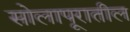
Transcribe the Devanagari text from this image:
सोलापूरातील